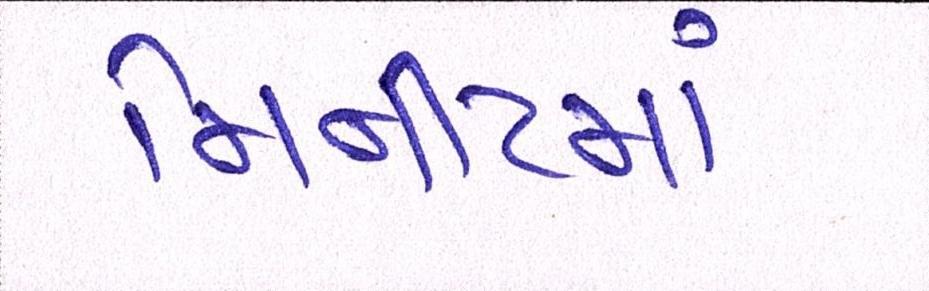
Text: મિનીટમાં